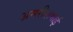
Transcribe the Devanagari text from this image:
अमरीशभाई